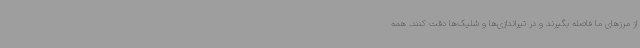
از مرزهای ما فاصله بگیرند و در تیراندازی‌ها و شلیک‌ها دقت کنند. همه